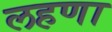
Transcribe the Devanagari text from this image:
लहणा